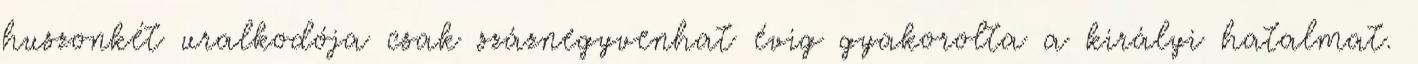
huszonkét uralkodója csak száznegyvenhat évig gyakorolta a királyi hatalmat.